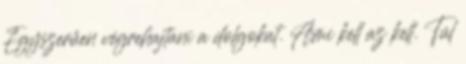
Egyszerűen végrehajtani a dolgokat. Ami kell az kell. Túl